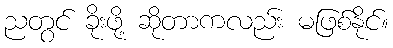
ညတွင် ခိုးဖို့ ဆိုတာကလည်း မဖြစ်နိုင်။